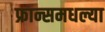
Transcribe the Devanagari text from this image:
फ्रान्समधल्या